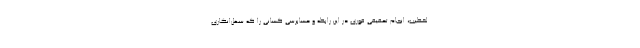
لخطیب، انجام تحقیقی فوری در این رابطه و حسابرسی کسانی را که سهل‌انگاری